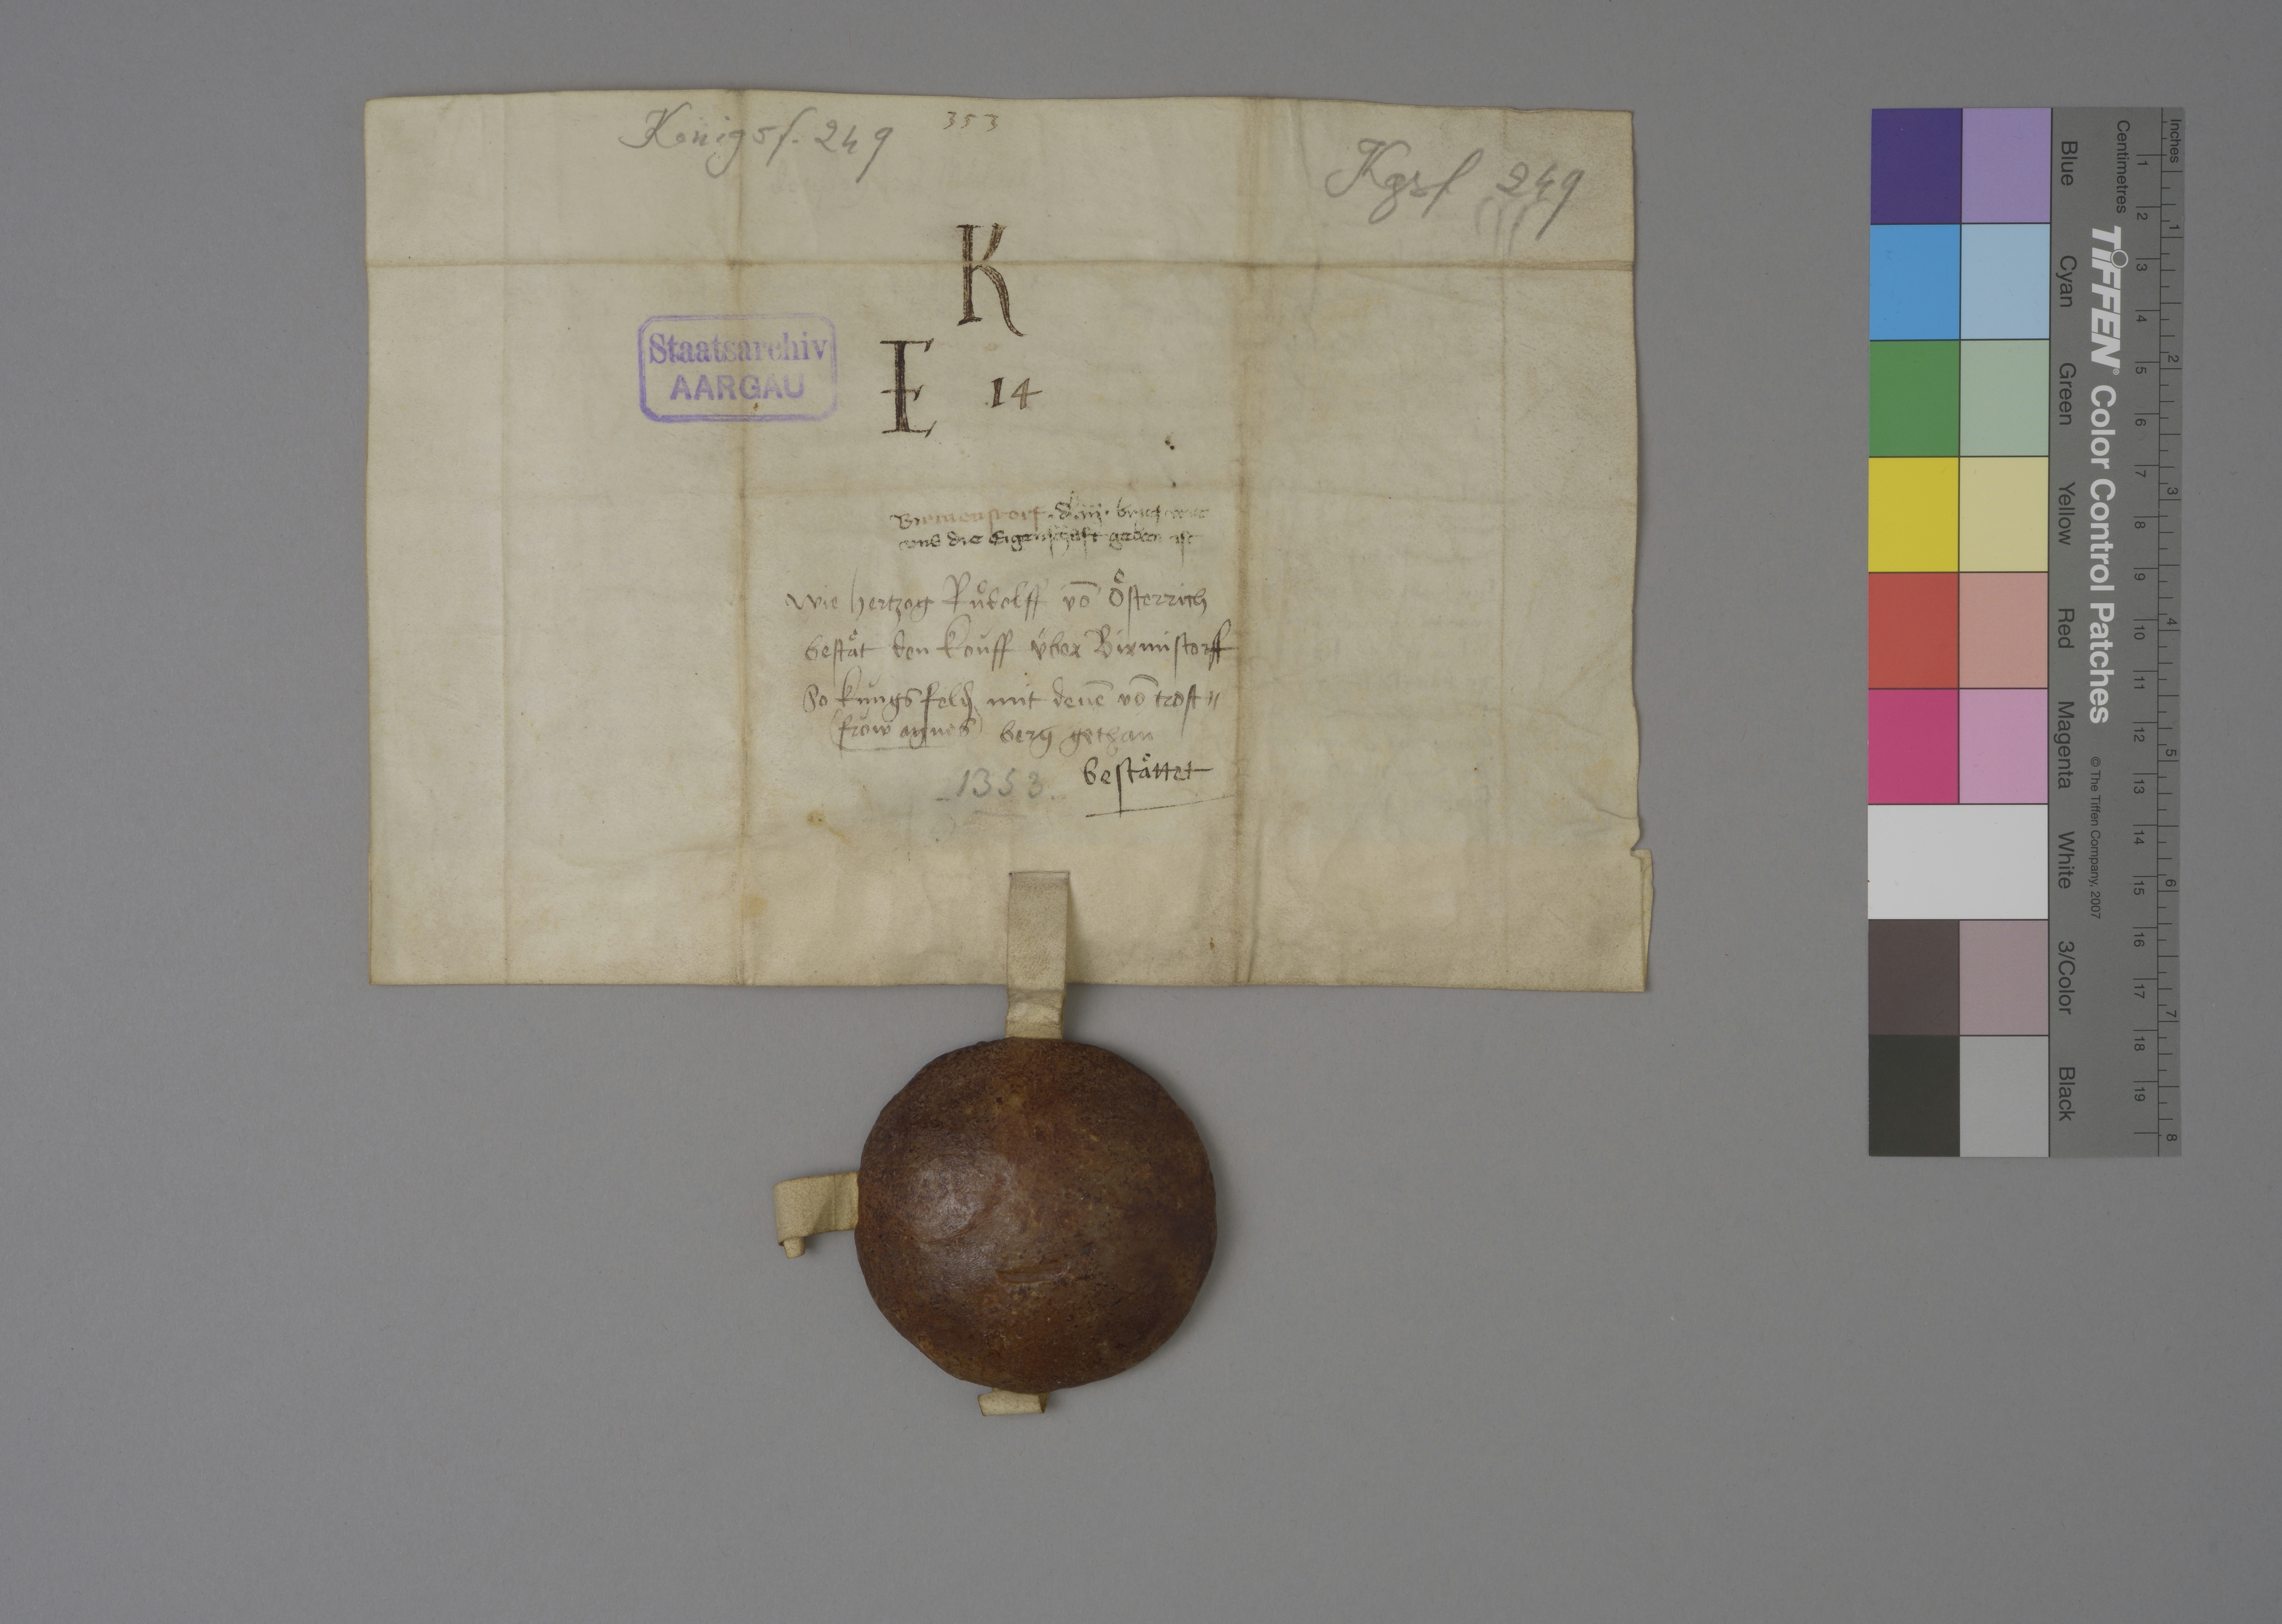
Transcription:
353

Königsf. 249

Kgsf. 249

K
E ✳ 14

Staatsarchiv
AARGAU

Birmenstorf

✳ dˀ ✳ iij ✳ brief wie
uns die eigenschaft geben ist

wie hertzog Ruͦdolff vō Oͤsterrich
bestaͤt den koùff über Birmistorff
so Kùngsfeld₎
✳ fròw Agnes ✳
mit denē vō Trost¬
berg gethan
bestaͤttet

1353 ✳